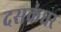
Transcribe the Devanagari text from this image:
दसकंधर